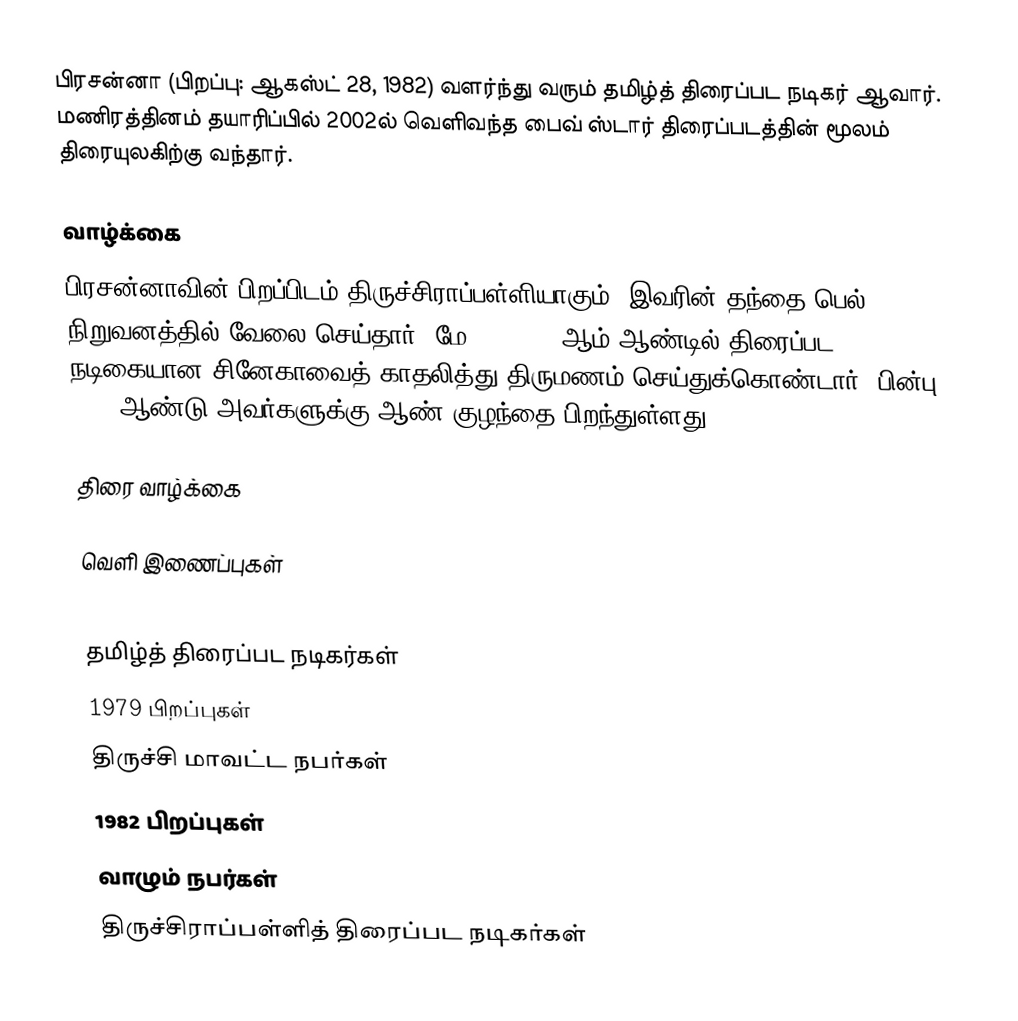
பிரசன்னா (பிறப்பு: ஆகஸ்ட் 28, 1982) வளர்ந்து வரும் தமிழ்த் திரைப்பட நடிகர் ஆவார். மணிரத்தினம் தயாரிப்பில் 2002ல் வெளிவந்த பைவ் ஸ்டார் திரைப்படத்தின் மூலம் திரையுலகிற்கு வந்தார்.

வாழ்க்கை
பிரசன்னாவின் பிறப்பிடம் திருச்சிராப்பள்ளியாகும். இவரின் தந்தை பெல் நிறுவனத்தில் வேலை செய்தார். மே 11, 2012 ஆம் ஆண்டில் திரைப்பட நடிகையான  சினேகாவைத் காதலித்து திருமணம் செய்துக்கொண்டார். பின்பு 2015 ஆண்டு அவர்களுக்கு ஆண் குழந்தை பிறந்துள்ளது.

திரை வாழ்க்கை

வெளி இணைப்புகள்

தமிழ்த் திரைப்பட நடிகர்கள்
1979 பிறப்புகள்
திருச்சி மாவட்ட நபர்கள்
1982 பிறப்புகள்
வாழும் நபர்கள்
திருச்சிராப்பள்ளித் திரைப்பட நடிகர்கள்